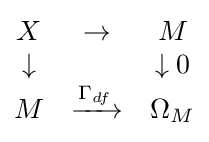
{\begin{matrix}X&\to &M\\\downarrow &&\downarrow 0\\M&\xrightarrow {\Gamma _{df}} &\Omega _{M}\end{matrix}}